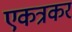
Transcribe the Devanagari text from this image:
एकत्रकर